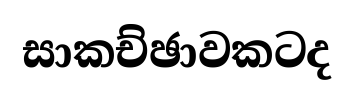
සාකච්ඡාවකටද